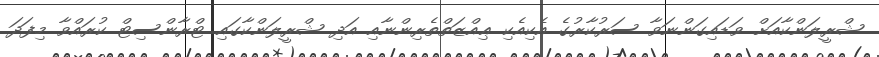
ޝްރީލަންކާއަށް ވަޑައިގަންނަވާ ސަރުކާރުގެ އެކިއެކި ޢިއްޒަތްތެރިންނާއި އަދި ޝްރީލަންކާގައި ޓްރާންސިޓް ކުރައްވާ މިފަދަ